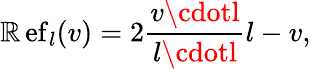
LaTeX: \operatorname{\mathbb{R}ef}_{l}(v)=2{\frac{{v\cdotl}}{{l\cdotl}}}l-v,